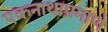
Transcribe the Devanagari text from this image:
एकनाथाप्रमाणे